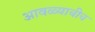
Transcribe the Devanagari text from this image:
आवळ्याचीच